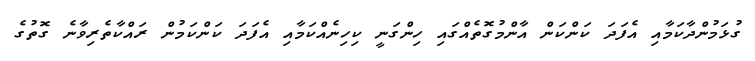
ގުޅަމުންދާކަމާއި އެފަދަ ކަންކަން އާންމުގޮތެއްގައި ހިންގަނީ ކިހިނެއްކަމާއި އެފަދަ ކަންކަމުން ރައްކާތެރިވާނެ ގޮތުގެ